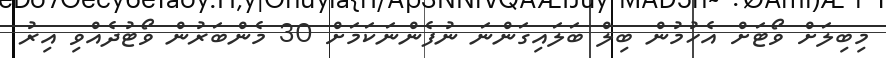
މިބިލަށް ވޯޓަށް އެހުމުން ބިލް ބަލައިގަންނަ ނުފެންނަކަމަށް 30 މެންބަރުން ވޯޓުދެއްވި އިރު